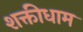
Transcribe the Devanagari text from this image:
शक्तीधाम